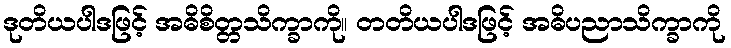
ဒုတိယပါဒဖြင့် အဓိစိတ္တသိက္ခာကို။ တတိယပါဒဖြင့် အဓိပညာသိက္ခာကို